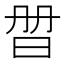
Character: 𣆑